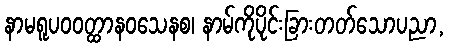
နာမရူပဝဝတ္ထာနဝသေနစ၊ နာမ်ကိုပိုင်းခြားတတ်သောပညာ,